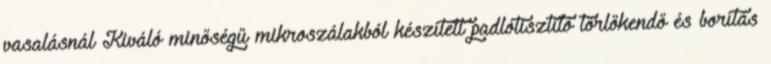
vasalásnál Kiváló minőségű mikroszálakból készített padlótisztító törlőkendő és borítás